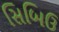
સિબિઉ